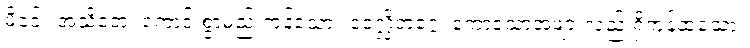
မိခင်။ အသိတေ၊ ကောင်းစွာမည်းကုန်သော။ ဝေလ္လိတဂ္ဂေ၊ ကော့သောအဖျားလည်းရှိကုန်ထသော။